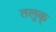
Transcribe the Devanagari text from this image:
तलुक्